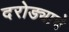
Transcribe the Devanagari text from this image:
दरोड्याचे